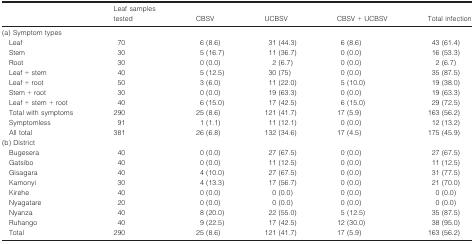
<table><thead><tr><td></td><td><b>Leaf samples tested</b></td><td><b>CBSV</b></td><td><b>UCBSV</b></td><td><b>CBSV + UCBSV</b></td><td><b>Total infection</b></td></tr></thead><tbody><tr><td colspan="6">(a) Symptom types</td></tr><tr><td>Leaf</td><td>70</td><td>6 (8.6)</td><td>31 (44.3)</td><td>6 (8.6)</td><td>43 (61.4)</td></tr><tr><td>Stem</td><td>30</td><td>5 (16.7)</td><td>11 (36.7)</td><td>0 (0.0)</td><td>16 (53.3)</td></tr><tr><td>Root</td><td>30</td><td>0 (0.0)</td><td>2 (6.7)</td><td>0 (0.0)</td><td>2 (6.7)</td></tr><tr><td>Leaf + stem</td><td>40</td><td>5 (12.5)</td><td>30 (75)</td><td>0 (0.0)</td><td>35 (87.5)</td></tr><tr><td>Leaf + root</td><td>50</td><td>3 (6.0)</td><td>11 (22.0)</td><td>5 (10.0)</td><td>19 (38.0)</td></tr><tr><td>Stem + root</td><td>30</td><td>0 (0.0)</td><td>19 (63.3)</td><td>0 (0.0)</td><td>19 (63.3)</td></tr><tr><td>Leaf + stem + root</td><td>40</td><td>6 (15.0)</td><td>17 (42.5)</td><td>6 (15.0)</td><td>29 (72.5)</td></tr><tr><td>Total with symptoms</td><td>290</td><td>25 (8.6)</td><td>121 (41.7)</td><td>17 (5.9)</td><td>163 (56.2)</td></tr><tr><td>Symptomless</td><td>91</td><td>1 (1.1)</td><td>11 (12.1)</td><td>0 (0.0)</td><td>12 (13.2)</td></tr><tr><td>All total</td><td>381</td><td>26 (6.8)</td><td>132 (34.6)</td><td>17 (4.5)</td><td>175 (45.9)</td></tr><tr><td colspan="6">(b) District</td></tr><tr><td>Bugesera</td><td>40</td><td>0 (0.0)</td><td>27 (67.5)</td><td>0 (0.0)</td><td>27 (67.5)</td></tr><tr><td>Gatsibo</td><td>40</td><td>0 (0.0)</td><td>11 (12.5)</td><td>0 (0.0)</td><td>11 (12.5)</td></tr><tr><td>Gisagara</td><td>40</td><td>4 (10.0)</td><td>27 (67.5)</td><td>0 (0.0)</td><td>31 (77.5)</td></tr><tr><td>Kamonyi</td><td>30</td><td>4 (13.3)</td><td>17 (56.7)</td><td>0 (0.0)</td><td>21 (70.0)</td></tr><tr><td>Kirehe</td><td>40</td><td>0 (0.0)</td><td>0 (0.0)</td><td>0 (0.0)</td><td>0 (0.0)</td></tr><tr><td>Nyagatare</td><td>20</td><td>0 (0.0)</td><td>0 (0.0)</td><td>0 (0.0)</td><td>0 (0.0)</td></tr><tr><td>Nyanza</td><td>40</td><td>8 (20.0)</td><td>22 (55.0)</td><td>5 (12.5)</td><td>35 (87.5)</td></tr><tr><td>Ruhango</td><td>40</td><td>9 (22.5)</td><td>17 (42.5)</td><td>12 (30.0)</td><td>38 (95.0)</td></tr><tr><td>Total</td><td>290</td><td>25 (8.6)</td><td>121 (41.7)</td><td>17 (5.9)</td><td>163 (56.2)</td></tr></tbody></table>